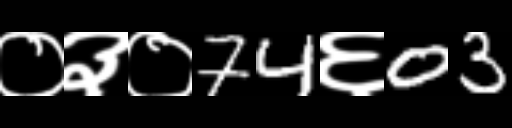
Text: ०३०74६03